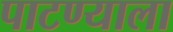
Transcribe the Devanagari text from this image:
पाटण्याला